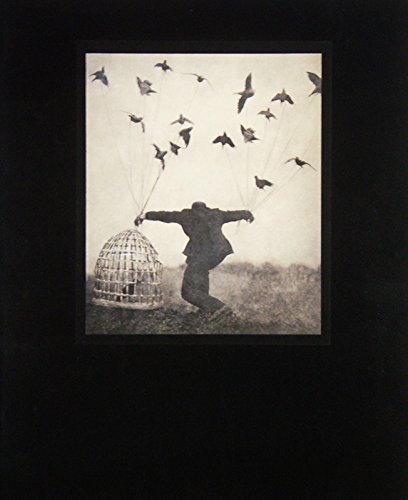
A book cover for The Architect's Brother; Robert ParkeHarrison; Biographies & Memoirs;